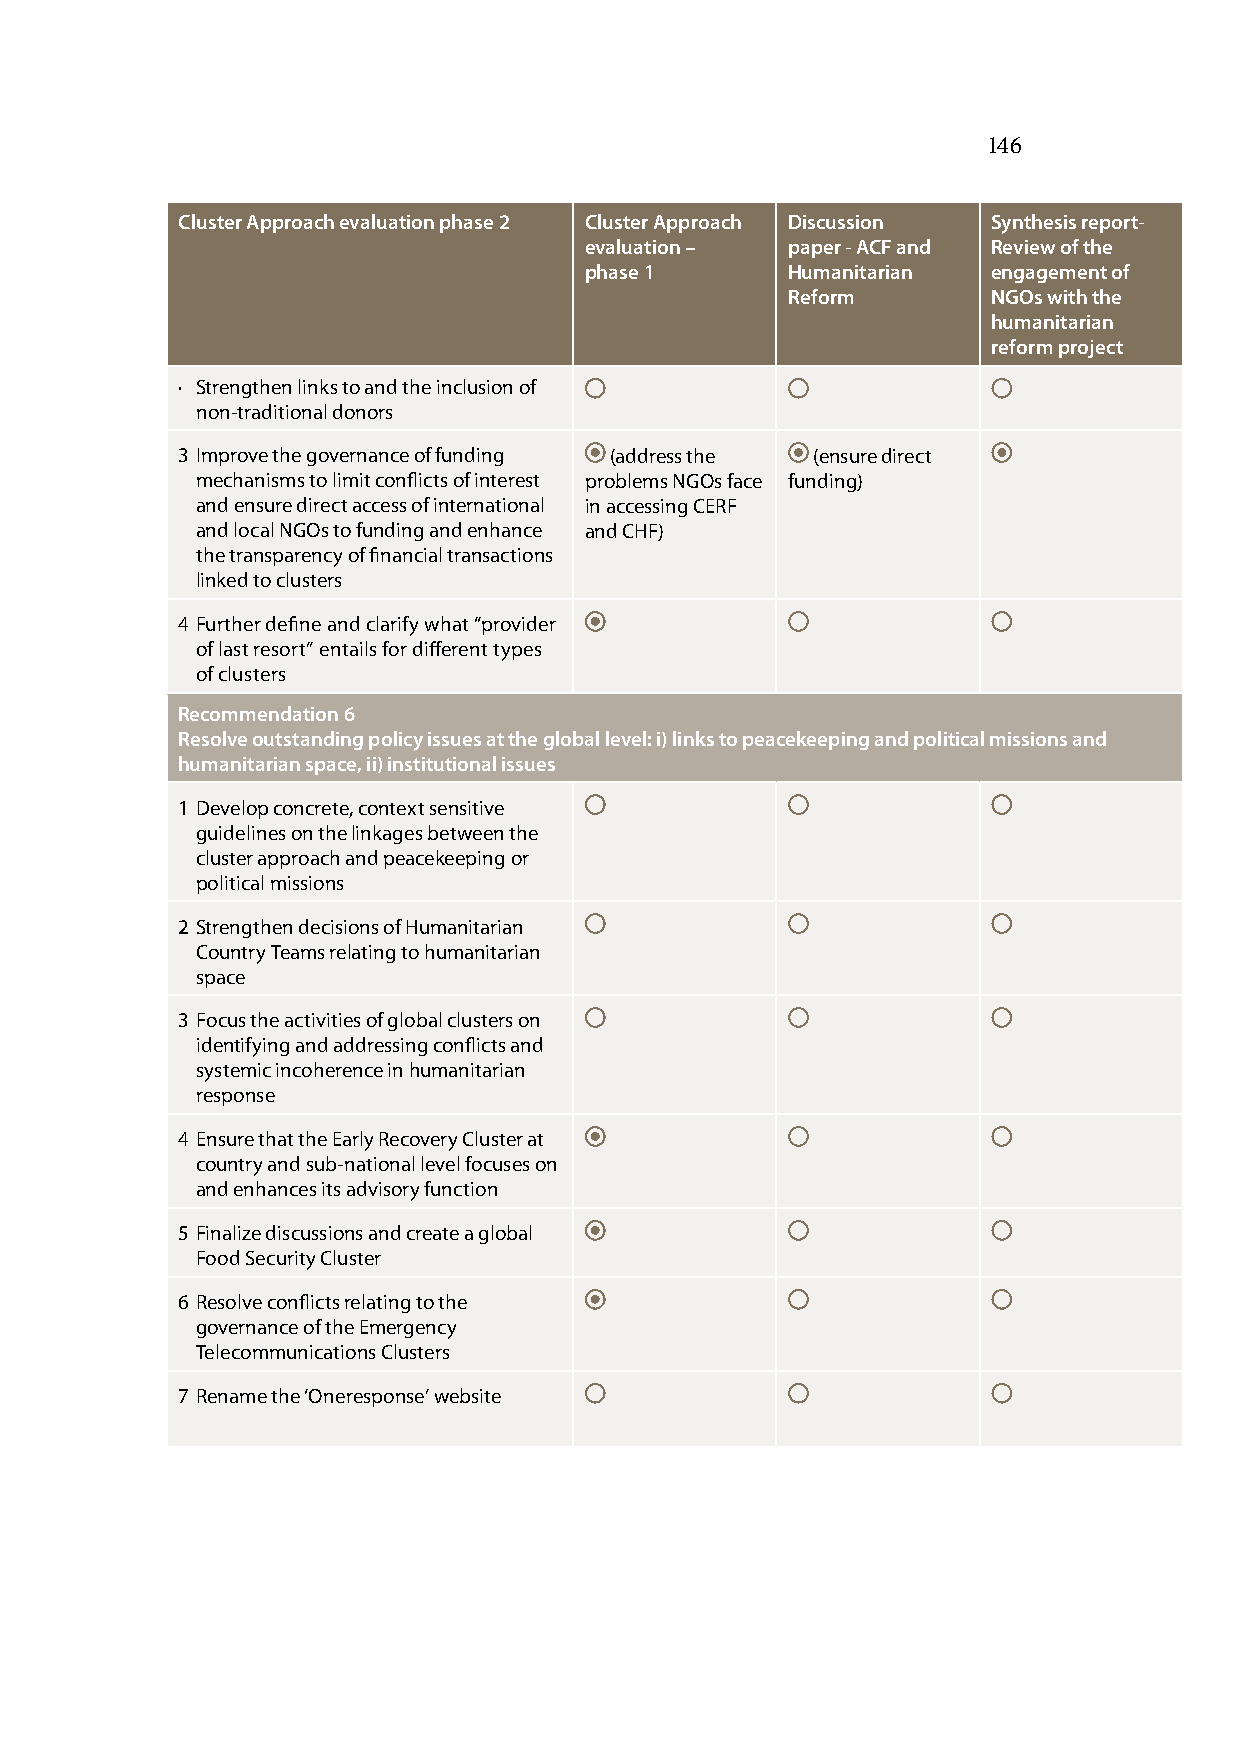
146
 Cluster Approach evaluation phase 2 Cluster Approach Discussion Synthesis report-
 evaluation – paper - ACF and Review of the
 phase 1      Humanitarian  engagement of
 Reform        NGOs with the
 humanitarian
 reform project
 · Strengthen links to and the inclusion of
 non-traditional donors
 3 Improve the governance of funding (address the (ensure direct
 mechanisms to limit conflicts of interest problems NGOs face funding)
 and ensure direct access of international in accessing CERF
 and local NGOs to funding and enhance and CHF)
 the transparency of financial transactions
 linked to clusters
 4 F urther define and clarify what “provider
 of last resort” entails for different types
 of clusters
 Recommendation 6
 Resolve outstanding policy issues at the global level: i) links to peacekeeping and political missions and
 humanitarian space, ii) institutional issues
 1 Develop concrete, context sensitive
 guidelines on the linkages between the
 cluster approach and peacekeeping or
 political missions
 2 Strengthen decisions of Humanitarian
 Country Teams relating to humanitarian
 space
 3 Focus the activities of global clusters on
 identifying and addressing conflicts and
 systemic incoherence in humanitarian
 response
 4 Ensure that the Early Recovery Cluster at
 country and sub-national level focuses on
 and enhances its advisory function
 5 Finalize discussions and create a global
 Food Security Cluster
 6 Resolve conflicts relating to the
 governance of the Emergency
 Telecommunications Clusters
 7 Rename the ‘Oneresponse’ website